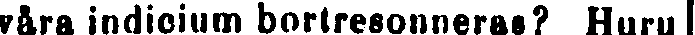
våra indicium bortresonneras? Huru